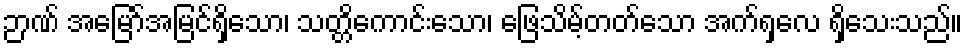
ဉာဏ် အမြော်အမြင်ရှိသော၊ သတ္တိကောင်းသော၊ ဖြေသိမ့်တတ်သော အက်ရှလေ ရှိသေးသည်။